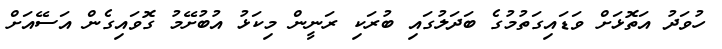
ހުވަދު އަތޮޅަށް ވަޑައިގަތުމުގެ ބަދަލުގައި ބުރަކި ރަނީން މިކަޅު އުބުށޭމު ގޮވައިގެން އަސޭއަށް